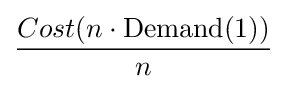
{Cost(n\cdot {\text{Demand}}(1)) \over n}